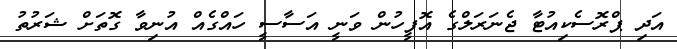
އަދި ޕްރޮސެކިއުޓާ ޖެނަރަލްގެ އޮފީހުން ވަނީ އަސާސީ ހައްގެއް އުނިވާ ގޮތަށް ޝަރުތު